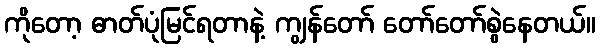
ကိုတော့ ဓာတ်ပုံမြင်ရတာနဲ့ ကျွန်တော် တော်တော်စွဲနေတယ်။